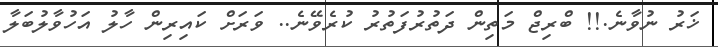
ޚަރު ނުވާނެ.!! ބްރިޖް މަތިން ދަތުރުފަތުރު ކުރެވޭނެ.. ވަރަށް ކައިރިން ހާލު އަހުވާލުބަލާ